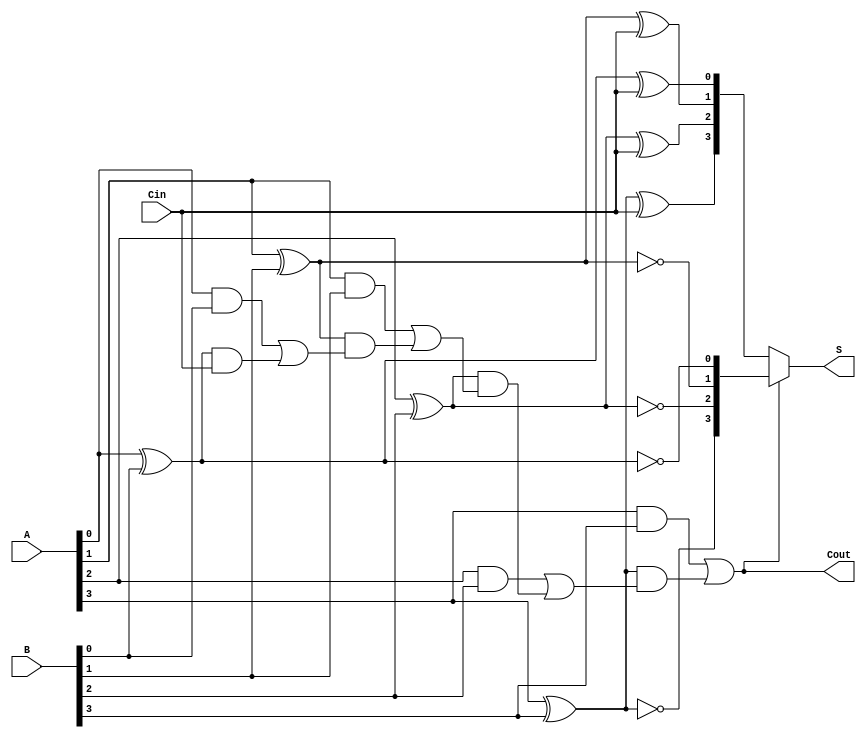
module conditional_sum_adder #(parameter N = 4) (
    input  wire [N-1:0] A,     // First n-bit input
    input  wire [N-1:0] B,     // Second n-bit input
    input  wire Cin,           // Carry-in
    output wire [N-1:0] S,     // n-bit sum output
    output wire Cout           // Carry-out
);

    wire [N-1:0] G;            // Generate signals
    wire [N-1:0] P;            // Propagate signals
    wire [N:0] C;              // Carry signals (C[0] = Cin)

    // Generate and Propagate calculations
    genvar i;
    generate
        for (i = 0; i < N; i = i + 1) begin : gen_prop
            assign G[i] = A[i] & B[i];          // Generate
            assign P[i] = A[i] ^ B[i];          // Propagate
        end
    endgenerate

    // Carry generation
    assign C[0] = Cin; // Initial carry-in
    generate
        for (i = 0; i < N; i = i + 1) begin : carry_gen
            assign C[i+1] = G[i] | (P[i] & C[i]); // Carry calculation
        end
    endgenerate

    // Sum calculation based on carry predictions
    wire [N-1:0] S0; // Sum if carry is 0
    wire [N-1:0] S1; // Sum if carry is 1

    generate
        for (i = 0; i < N; i = i + 1) begin : sum_calc
            assign S0[i] = A[i] ^ B[i] ^ C[0]; // Sum with carry 0
            assign S1[i] = A[i] ^ B[i] ^ 1;     // Sum with carry 1
        end
    endgenerate

    // Final sum output based on predicted carry
    assign S = (C[N] == 1'b0) ? S0 : S1; // Select sum based on final carry
    assign Cout = C[N]; // Final carry-out

endmodule